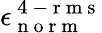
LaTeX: \epsilon_{\mathrm{~n~o~r~m~}}^{\mathrm{~4~-~r~m~s~}}